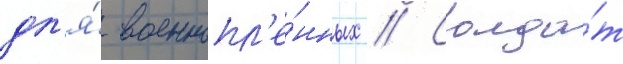
дл'я́ военнопл'е́нных // Солда́т